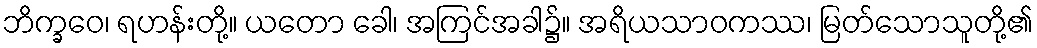
ဘိက္ခဝေ၊ ရဟန်းတို့။ ယတော ခေါ၊ အကြင်အခါ၌။ အရိယသာဝကဿ၊ မြတ်သောသူတို့၏